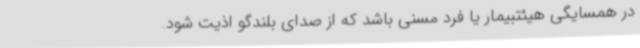
در همسایگی هیئتبیمار یا فرد مسنی باشد که از صدای بلندگو اذیت شود.